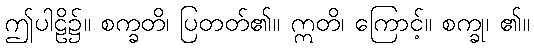
ဤပါဠိ၌။ စက္ခတိ၊ ပြတတ်၏။ ဣတိ၊ ကြောင့်။ စက္ခု၊ ၏။